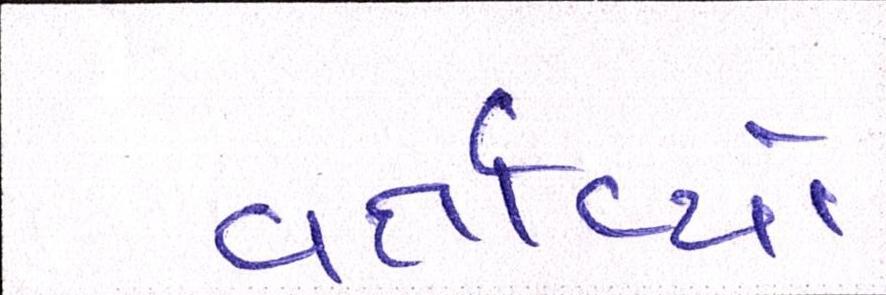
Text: વર્તાવ્યો